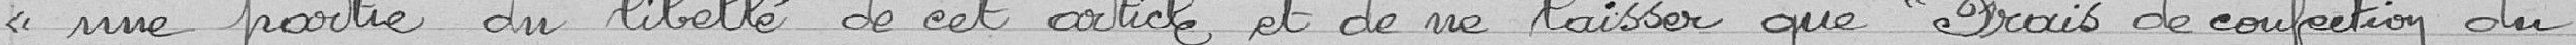
une partie du libellé de cet article et de ne laisser que "Frais de confection du